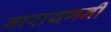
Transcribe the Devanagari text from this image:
नारायणनी